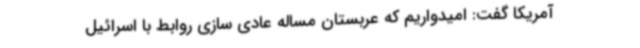
آمریکا گفت: امیدواریم که عربستان مساله عادی سازی روابط با اسرائیل